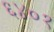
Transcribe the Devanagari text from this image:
६४०१